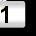
Digit: 1